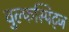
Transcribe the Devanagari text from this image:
वुल्फस्पिट्ज